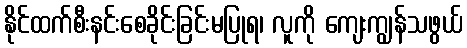
နိုင်ထက်စီးနင်းစေခိုင်းခြင်းမပြုရ၊ လူကို ကျေးကျွန်သဖွယ်